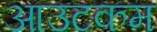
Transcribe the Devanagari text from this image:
आउटकम